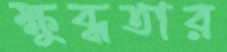
ক্ষুব্ধতার